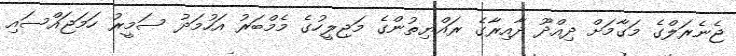
ޖެނެރަލްގެ މަގާމަށް ދިއްދޫ ދާއިރާގެ ރައްޔިތުންގެ މަޖިލީހުގެ މެމްބަރު އަހުމަދު ސަމީރު ހަމަޖައްސައި